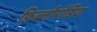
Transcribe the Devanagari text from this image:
फ़िल्लोपोडिया